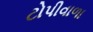
ટોપીવાળા